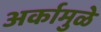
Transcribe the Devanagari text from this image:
अर्कामुळे